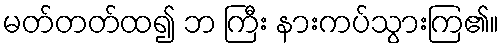
မတ်တတ်ထ၍ ဘ ကြီး နားကပ်သွားကြ၏။